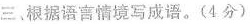
三、根据语言情境写成语。(4分)